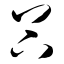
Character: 谷